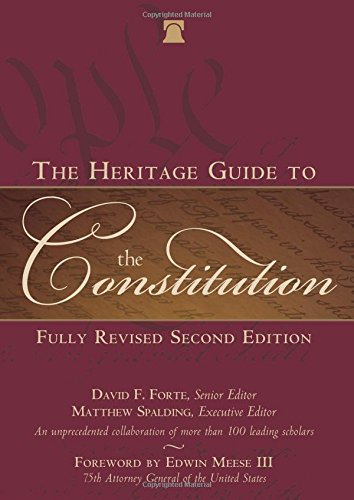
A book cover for The Heritage Guide to the Constitution: Fully Revised Second Edition; Law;